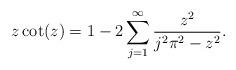
LaTeX: \begin{align*} z\cot(z)=1-2\sum_{j=1}^\infty\frac{z^2}{j^2\pi^2-z^2}.\end{align*}